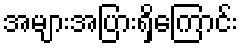
အများအပြားရှိကြောင်း